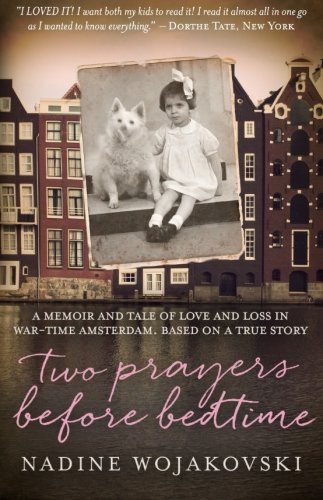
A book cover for Two Prayers Before Bedtime; Nadine Wojakovski; Teen & Young Adult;